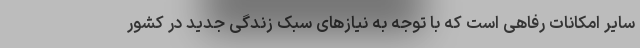
سایر امکانات رفاهی است که با توجه به نیازهای سبک زندگی جدید در کشور